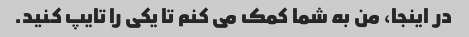
در اینجا، من به شما کمک می کنم تا یکی را تایپ کنید.